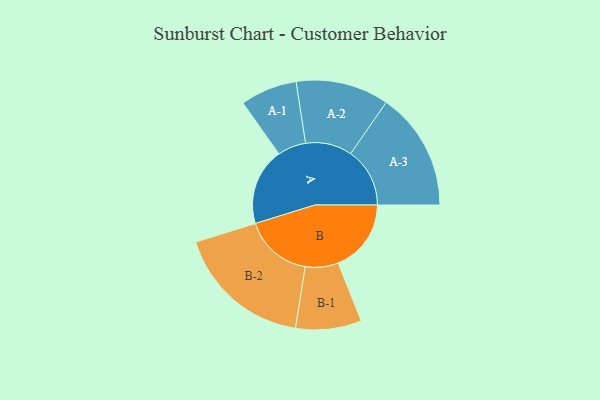
{"axis": {"x": "Segment", "y": "Value"}, "legend": ["", "A", "B"], "data": [{"x": "A", "y": 288, "type": ""}, {"x": "B", "y": 273, "type": ""}, {"x": "A-1", "y": 106, "type": "A"}, {"x": "A-2", "y": 174, "type": "A"}, {"x": "A-3", "y": 221, "type": "A"}, {"x": "B-1", "y": 123, "type": "B"}, {"x": "B-2", "y": 255, "type": "B"}]}